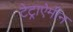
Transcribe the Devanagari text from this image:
टेट्राऐमीन